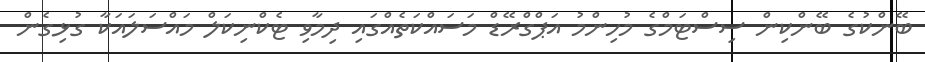
ބޭންކުގެ ބޭންކިން ސިސްޓަމްގެ މުހިންމު އަޕްގްރޭޑް މަސައްކަތެއްގައި ދިމާވި ޓެކްނިކަލް މައްސަލައަކާ ގުޅިގެން